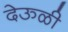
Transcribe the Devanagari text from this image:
देऊळी